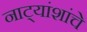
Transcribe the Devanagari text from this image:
नाट्यांशांचे